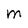
Character: M